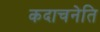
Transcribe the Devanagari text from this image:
कदाचनेति